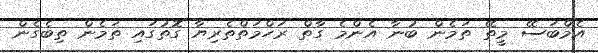
އެމްބަސޭ މީތޭ ތަމެން ބުނާ އެންމެ ގާތް ރަހްމަތްތެރިޔާ ގޮތުގައި ތަމެން ތިބެގެން